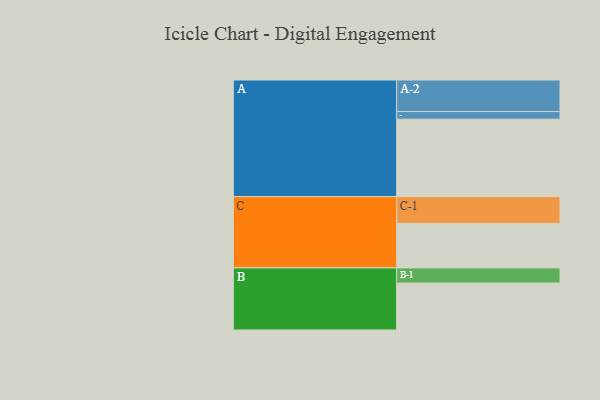
{"axis": {"x": "Segment", "y": "Value"}, "legend": ["", "A", "B", "C"], "data": [{"x": "A", "y": 581, "type": ""}, {"x": "B", "y": 352, "type": ""}, {"x": "C", "y": 334, "type": ""}, {"x": "A-1", "y": 57, "type": "A"}, {"x": "A-2", "y": 237, "type": "A"}, {"x": "B-1", "y": 114, "type": "B"}, {"x": "C-1", "y": 201, "type": "C"}]}